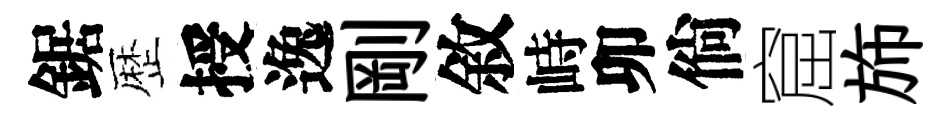
鋸歴授逸剛敘峙卯倘窟斾